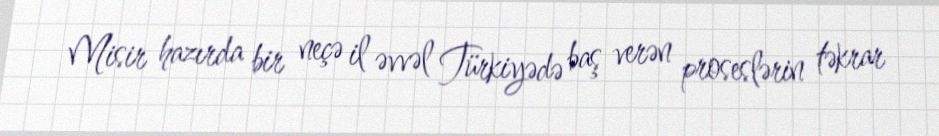
Misir hazırda bir neçə il əvvəl Türkiyədə baş verən proseslərin təkrar